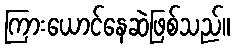
ကြားယောင်နေဆဲဖြစ်သည်။